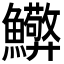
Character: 𮬘